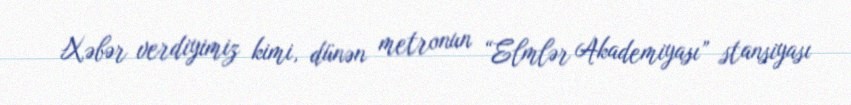
Xəbər verdiyimiz kimi, dünən metronun “Elmlər Akademiyası” stansiyası